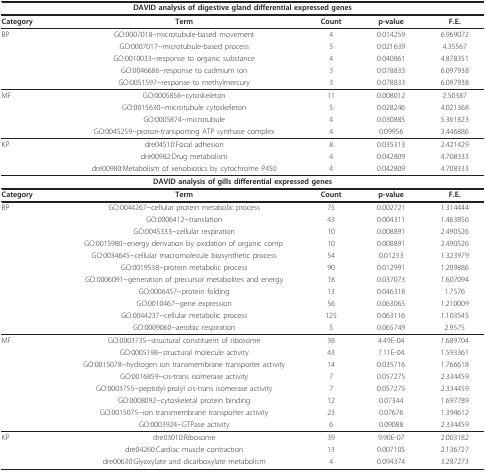
<table><thead><tr><td colspan="5"><b>DAVID analysis of digestive gland differential expressed genes</b></td></tr></thead><tbody><tr><td><b>Category</b></td><td><b>Term</b></td><td><b>Count</b></td><td><b>p-value</b></td><td><b>F.E.</b></td></tr><tr><td>BP</td><td>GO:0007018~microtubule-based movement</td><td>4</td><td>0.014259</td><td>6.969072</td></tr><tr><td></td><td>GO:0007017~microtubule-based process</td><td>5</td><td>0.021639</td><td>4.35567</td></tr><tr><td></td><td>GO:0010033~response to organic substance</td><td>4</td><td>0.040861</td><td>4.878351</td></tr><tr><td></td><td>GO:0046686~response to cadmium ion</td><td>3</td><td>0.078833</td><td>6.097938</td></tr><tr><td></td><td>GO:0051597~response to methylmercury</td><td>3</td><td>0.078833</td><td>6.097938</td></tr><tr><td>MF</td><td>GO:0005856~cytoskeleton</td><td>11</td><td>0.008012</td><td>2.50387</td></tr><tr><td></td><td>GO:0015630~microtubule cytoskeleton</td><td>5</td><td>0.028246</td><td>4.021368</td></tr><tr><td></td><td>GO:0005874~microtubule</td><td>4</td><td>0.030885</td><td>5.361823</td></tr><tr><td></td><td>GO:0045259~proton-transporting ATP synthase complex</td><td>4</td><td>0.09956</td><td>3.446886</td></tr><tr><td>KP</td><td>dre04510:Focal adhesion</td><td>8</td><td>0.035313</td><td>2.421429</td></tr><tr><td></td><td>dre00982:Drug metabolism</td><td>4</td><td>0.042809</td><td>4.708333</td></tr><tr><td></td><td>dre00980:Metabolism of xenobiotics by cytochrome P450</td><td>4</td><td>0.042809</td><td>4.708333</td></tr><tr><td colspan="5"><b>DAVID analysis of gills differential expressed genes</b></td></tr><tr><td><b>Category</b></td><td><b>Term</b></td><td><b>Count</b></td><td><b>p-value</b></td><td><b>F.E.</b></td></tr><tr><td>BP</td><td>GO:0044267~cellular protein metabolic process</td><td>75</td><td>0.002721</td><td>1.314444</td></tr><tr><td></td><td>GO:0006412~translation</td><td>43</td><td>0.004311</td><td>1.463856</td></tr><tr><td></td><td>GO:0045333~cellular respiration</td><td>10</td><td>0.008891</td><td>2.490526</td></tr><tr><td></td><td>GO:0015980~energy derivation by oxidation of organic comp.</td><td>10</td><td>0.008891</td><td>2.490526</td></tr><tr><td></td><td>GO:0034645~cellular macromolecule biosynthetic process</td><td>54</td><td>0.01233</td><td>1.323979</td></tr><tr><td></td><td>GO:0019538~protein metabolic process</td><td>90</td><td>0.012991</td><td>1.209886</td></tr><tr><td></td><td>GO:0006091~generation of precursor metabolites and energy</td><td>18</td><td>0.037073</td><td>1.607094</td></tr><tr><td></td><td>GO:0006457~protein folding</td><td>13</td><td>0.046318</td><td>1.7576</td></tr><tr><td></td><td>GO:0010467~gene expression</td><td>56</td><td>0.063065</td><td>1.210009</td></tr><tr><td></td><td>GO:0044237~cellular metabolic process</td><td>125</td><td>0.063116</td><td>1.103545</td></tr><tr><td></td><td>GO:0009060~aerobic respiration</td><td>5</td><td>0.065749</td><td>2.9575</td></tr><tr><td>MF</td><td>GO:0003735~structural constituent of ribosome</td><td>38</td><td>4.49E-04</td><td>1.689704</td></tr><tr><td></td><td>GO:0005198~structural molecule activity</td><td>43</td><td>7.11E-04</td><td>1.593361</td></tr><tr><td></td><td>GO:0015078~hydrogen ion transmembrane transporter activity</td><td>14</td><td>0.035716</td><td>1.766618</td></tr><tr><td></td><td>GO:0016859~cis-trans isomerase activity</td><td>7</td><td>0.057275</td><td>2.334459</td></tr><tr><td></td><td>GO:0003755~peptidyl-prolyl cis-trans isomerase activity</td><td>7</td><td>0.057275</td><td>2.334459</td></tr><tr><td></td><td>GO:0008092~cytoskeletal protein binding</td><td>12</td><td>0.07344</td><td>1.697789</td></tr><tr><td></td><td>GO:0015075~ion transmembrane transporter activity</td><td>23</td><td>0.07676</td><td>1.394612</td></tr><tr><td></td><td>GO:0003924~GTPase activity</td><td>6</td><td>0.09088</td><td>2.334459</td></tr><tr><td>KP</td><td>dre03010:Ribosome</td><td>39</td><td>9.90E-07</td><td>2.003182</td></tr><tr><td></td><td>dre04260:Cardiac muscle contraction</td><td>13</td><td>0.007105</td><td>2.136727</td></tr><tr><td></td><td>dre00630:Glyoxylate and dicarboxylate metabolism</td><td>4</td><td>0.094374</td><td>3.287273</td></tr></tbody></table>